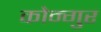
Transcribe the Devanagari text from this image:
कोन्गुर